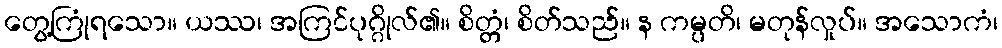
တွေ့ကြုံရသော။ ယဿ၊ အကြင်ပုဂ္ဂိုလ်၏။ စိတ္တံ၊ စိတ်သည်။ န ကမ္ပတိ၊ မတုန်လှုပ်။ အသောကံ၊